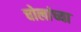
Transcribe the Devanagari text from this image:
चोलांच्या